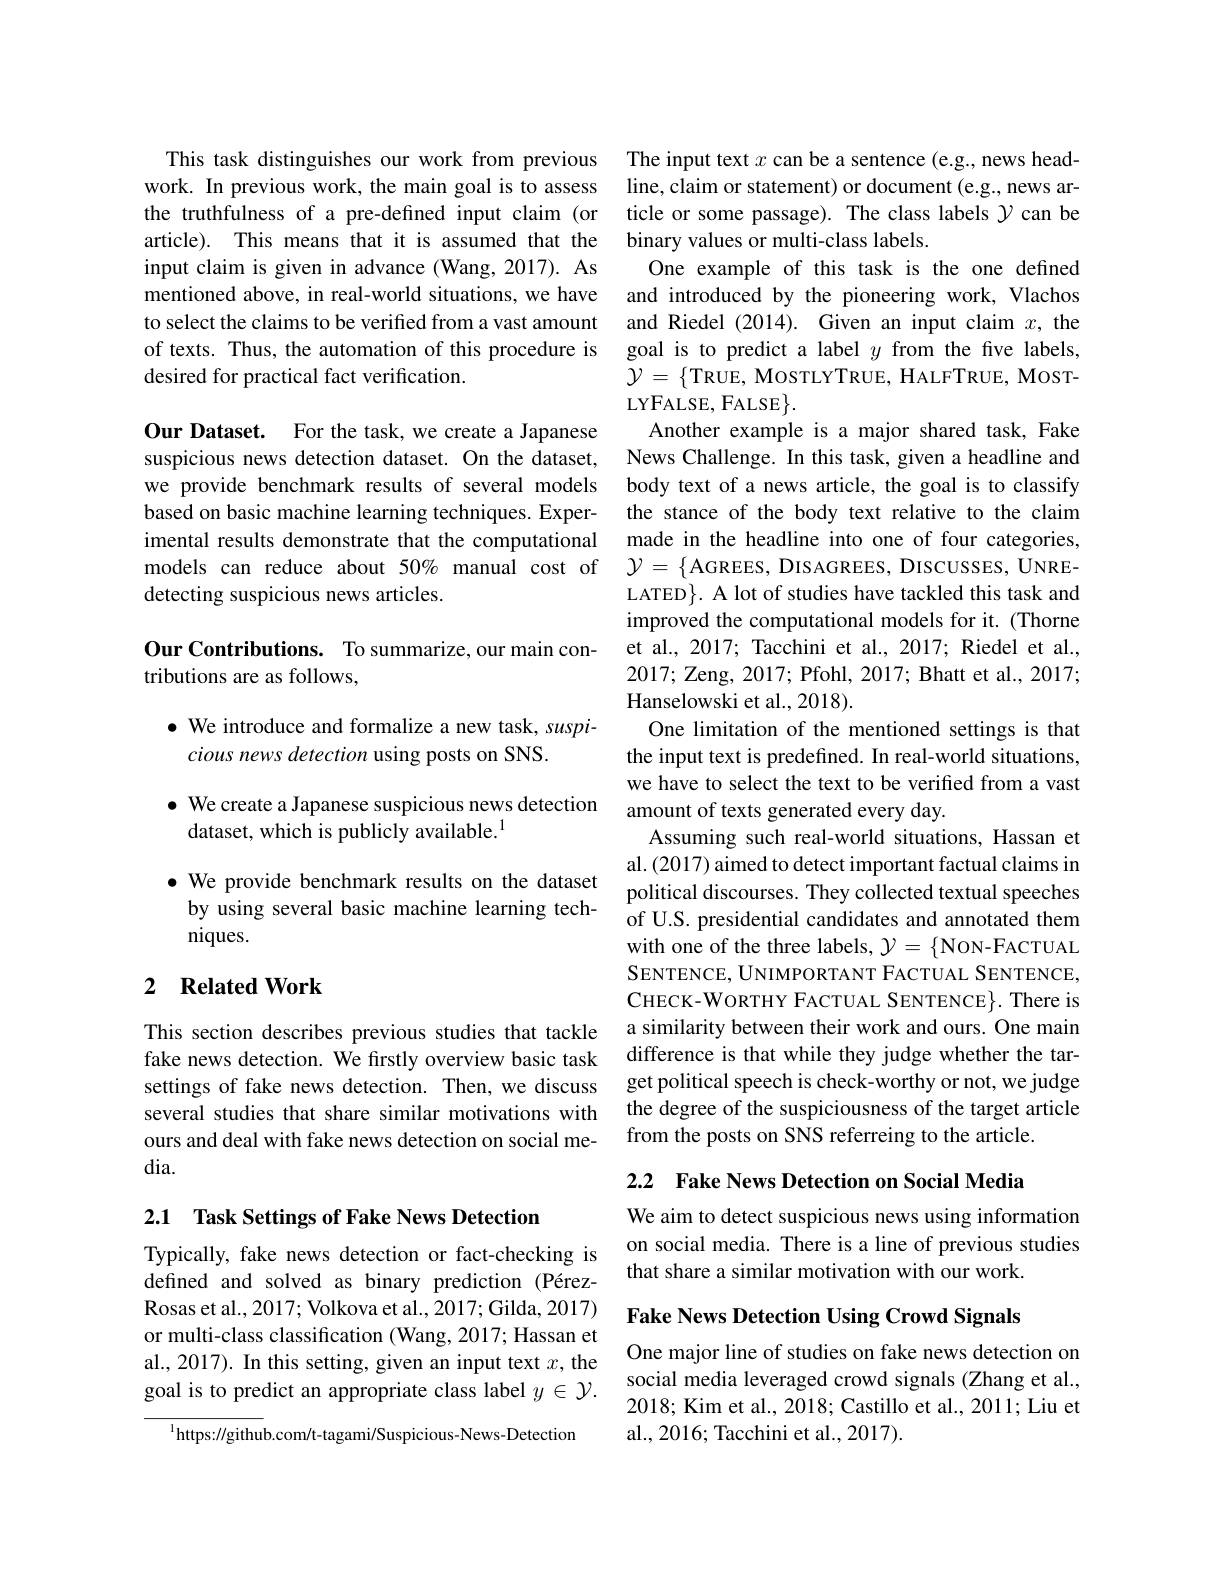
This task distinguishes our work from previous The input text $x$ can be a sentence (e.g., news headwork. In previous work, the main goal is to assess line,claim or statement) or document (e.g., news arthe truthfulness of a pre-defined input claim (or ticle or some passage). The class labels $\gamma$ can be article). This means that it is assumed that the binary values or multi-class labels.
input claim is given in advance (Wang, 2017). As
mentioned above, in real-world situations, we have and introduced by the pioneering work, Vlachos to select the claims to be verified from a vast amount and Riedel (2014). Given an input claim $x$, the of texts. Thus, the automation of this procedure is goal is to predict a label $y$ from the five labels, desired for practical fact verification.

Our Dataset. For the task, we create a Japanese
suspicious news detection dataset. On the dataset, News Challenge. In this task, given a headline and we provide benchmark results of several models body text of a news article, the goal is to classify based on basic machine learning techniques. Exper- the stance of the body text relative to the claim imental results demonstrate that the computational
models can reduce about $50\%$ manual cost of $\mathcal{Y}=\{$AGREES, DISAGREES, DISCUSSES, UNRE-
detecting suspicious news articles.

Our Contributions. To summarize, our main con-
tributions are as follows,

## $\bullet$ We introduce and formalize a new task, suspicious news detection using posts on SNS.

$\bullet$ We create a Japanese suspicious news detection
dataset, which is publicly available.$^{1}$

$\bullet$ We provide benchmark results on the dataset
by using several basic machine learning tech-
niques.

## 2 $\textbf{Related Work}$

This section describes previous studies that tackle fake news detection. We fırstly overview basic task several studies that share similar motivations with ours and deal with fake news detection on social media.

2.1 Task Settings of Fake News Detection

Typically, fake news detection or fact-checking is defined and solved as binary prediction (PérezRosas et al. , 2017; Volkova et al. , 2017; Gilda, 2017) or multi-class classification (Wang, 2017; Hassan et al., 2017). In this setting, given an input text $x$,the goal is to predict an appropriate class label $y\in\mathcal{Y}.$

$^{1}$https://github.com/t-tagami/Suspicious-News-Detection

One example of this task is the one defined $\mathcal{Y}=\{$TRUE, MosTLYTRUE, HALFTRUE, MOSTLYFALSE, FALSE$\} .$
Another example is a major shared task, Fake made in the headline into one of four categories, LATED$\}.$ A lot of studies have tackled this task and improved the computational models for it. (Thorne et al., 2017; Tacchini et al., 2017; Riedel et al., 2017; Zeng, 2017; Pfohl, 2017; Bhatt et al., 2017; Hanselowski et al., 2018).
One limitation of the mentioned settings is that the input text is predefined. In real-world situations, we have to select the text to be verified from a vast amount of texts generated every day.
Assuming such real-world situations, Hassan et al. (2017) aimed to detect important factual claims in political discourses. They collected textual speeches of U.S. presidential candidates and annotated them with one of the three labels, $\mathcal{Y}=\{$NON-FACTUAL SENTENCE, UNIMPORTANT FACTUAL SENTENCE, CHECK-WORTHY FACTUAL SENTENCE}. There is a similarity between their work and ours. One main difference is that while they judge whether the tar-
settings of fake news detection. Then, we discuss get political speech is check-worthy or not, we judge
the degree of the suspiciousness of the target article
from the posts on SNS referreing to the article.

2.2 Fake News Detection on Social Media

We aim to detect suspicious news using information on social media. There is a line of previous studies that share a similar motivation with our work.

Fake News Detection Using Crowd Signals

One major line of studies on fake news detection on social media leveraged crowd signals (Zhang et al., 2018; Kim et al., 2018; Castillo et al., 2011; Liu et al., 2016; Tacchini et al., 2017).